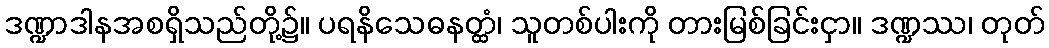
ဒဏ္ဍာဒါနအစရှိသည်တို့၌။ ပရနိသေဓနတ္ထံ၊ သူတစ်ပါးကို တားမြစ်ခြင်းငှာ။ ဒဏ္ဍဿ၊ တုတ်